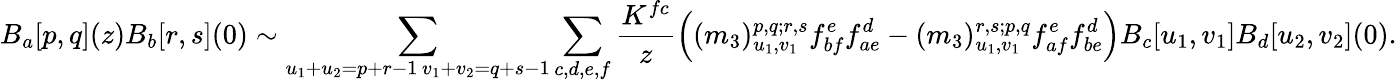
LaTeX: B_{a}[p,q](z)B_{b}[r,s](0)\sim\sum_{\substack{u_{1}+u_{2}=p+r-1\, v_{1}+v_{2}=q+s-1}}\sum_{c,d,e,f}\frac{K^{fc}}{z}\left((m_{3})_{u_{1},v_{1}}^{p,q;r,s}f_{bf}^{e}f_{ae}^{d}-(m_{3})_{u_{1},v_{1}}^{r,s;p,q}f_{af}^{e}f_{be}^{d}\right)B_{c}[u_{1},v_{1}]B_{d}[u_{2},v_{2}](0).